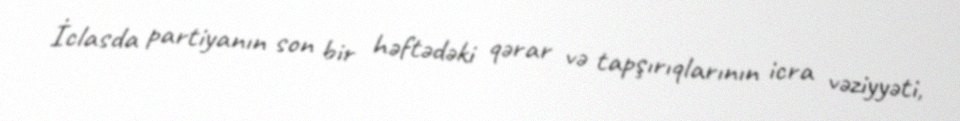
İclasda partiyanın son bir həftədəki qərar və tapşırıqlarının icra vəziyyəti,